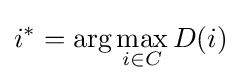
i^{*}=\arg \max _{i\in C}D(i)